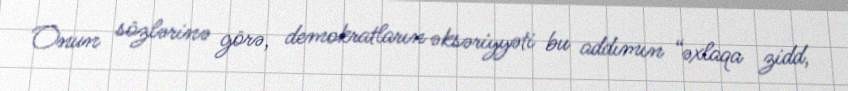
Onun sözlərinə görə, demokratların əksəriyyəti bu addımın “əxlaqa zidd,